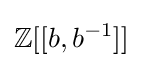
\mathbb {Z} [[b,b^{-1}]]